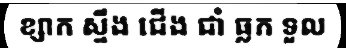
ខ្សាក ស្ទឹង ជើង ជាំ ធ្លក ទួល